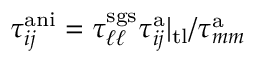
\tau _ { i j } ^ { \mathrm { a n i } } = \tau _ { \ell \ell } ^ { \mathrm { s g s } } \tau _ { i j } ^ { \mathrm { a } } | _ { \mathrm { t l } } / \tau _ { m m } ^ { \mathrm { a } }